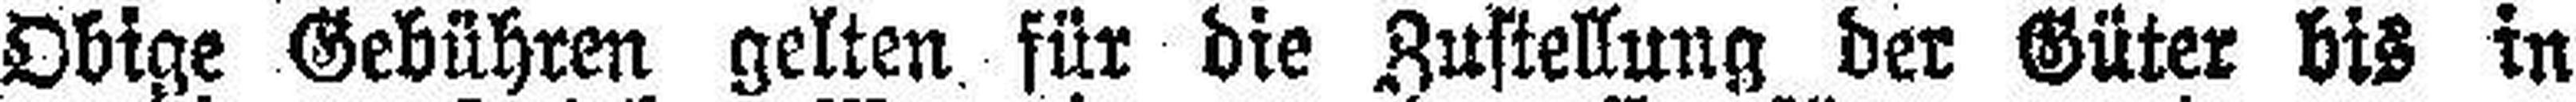
Obige Gebühren gelten, für die Zustellung der Güter bis in